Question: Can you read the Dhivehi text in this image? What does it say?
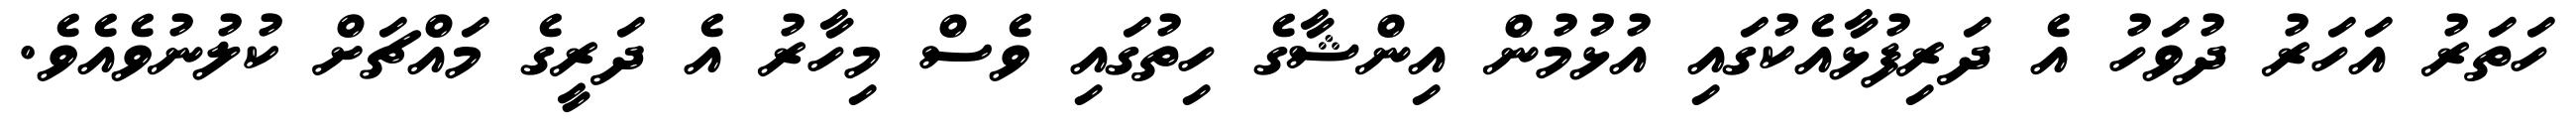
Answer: ހަތަރު އަހަރު ދުވަހު އެ ދަރިފުޅާއެކުގައި އުޅުމުން އިންޝާގެ ހިތުގައި ވެސް މިހާރު އެ ދަރީގެ މައްޗަށް ކުލުނުވެއެވެ.